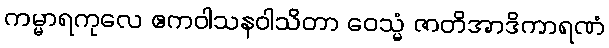
ကမ္မာရကုလေ ဧကဝါသနဝါသိတာ ဝေသ္မံ ဇာတိအာဒိကာရဏံ